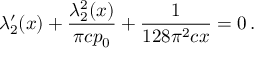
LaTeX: \lambda _ { 2 } ^ { \prime } ( x ) + \frac { \lambda _ { 2 } ^ { 2 } ( x ) } { \pi c p _ { 0 } } + \frac { 1 } { 1 2 8 \pi ^ { 2 } c x } = 0 \, .